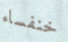
خنفساء